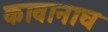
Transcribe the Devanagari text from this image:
कावानाघ